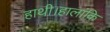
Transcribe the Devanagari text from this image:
हाथी।हालांकि